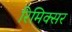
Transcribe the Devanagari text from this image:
रिमिक्सर